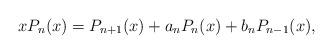
LaTeX: \begin{align*}xP_n(x)=P_{n+1}(x)+a_nP_n(x)+b_nP_{n-1}(x),\end{align*}